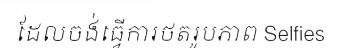
ដែលចង់ធ្វើការថតរូបភាព Selfies